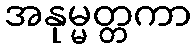
အနုမ္မတ္တကာ